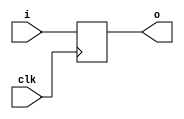
module pipo(o,i,clk);
  output reg [0:3]o;
  input [0:3]i;
  input clk;
  
  always @(negedge clk)
  begin
    o[0]<=i[0];
    o[1]<=i[1];
    o[2]<=i[2];
    o[3]<=i[3];
    end 
endmodule

//tst bnch

module t_pipo();

  wire [0:3]o;
  reg clk;
  reg [0:3]i;
  
  pipo a1(o,i,clk);
  
  always
  begin
    #10;
    clk=~clk;
  end
  
  initial
  begin
    clk=1'b0;
    
    i=4'b1001;
    #50;
    i=4'b1010;
    #50;
  end
endmodule